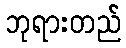
ဘုရားတည်